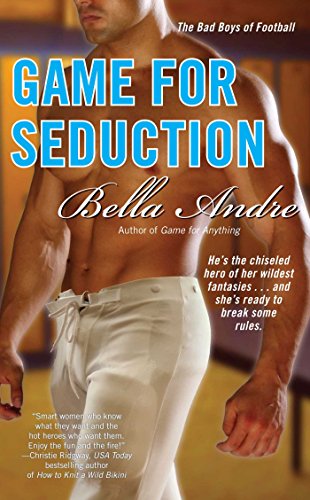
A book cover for Game for Seduction; Bella Andre; Romance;